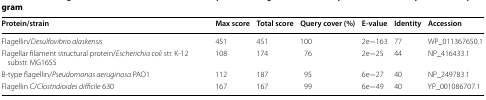
<table><thead><tr><td><b>Protein/strain</b></td><td><b>Max score</b></td><td><b>Total score</b></td><td><b>Query cover (%)</b></td><td><b>E-value</b></td><td><b>Identity</b></td><td><b>Accession</b></td></tr></thead><tbody><tr><td>Flagellin/<i>Desulfovibrio alaskensis</i></td><td>451</td><td>451</td><td>100</td><td>2e−163</td><td>77</td><td>WP_011367650.1</td></tr><tr><td>Flagellar filament structural protein/<i>Escherichia coli</i> str. K-12 substr. MG1655</td><td>108</td><td>174</td><td>76</td><td>2e−25</td><td>44</td><td>NP_416433.1</td></tr><tr><td>B-type flagellin/<i>Pseudomonas aeruginosa</i> PAO1</td><td>112</td><td>187</td><td>95</td><td>6e−27</td><td>40</td><td>NP_249783.1</td></tr><tr><td>Flagellin C/<i>Clostridioides difficile</i> 630</td><td>167</td><td>167</td><td>99</td><td>6e−49</td><td>40</td><td>YP_001086707.1</td></tr></tbody></table>